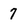
Character: 7